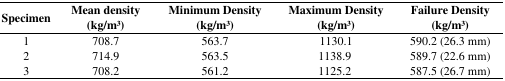
| Specimen | Mean density (kg/m3) | Minimum Density (kg/m3) | Maximum Density (kg/m3) | Failure Density (kg/m3) |
 | --- | --- | --- | --- | --- |
 | 1 | 708.7 | 563.7 | 1130.1 | 590.2 (26.3 mm) |
 | 2 | 714.9 | 563.5 | 1138.9 | 589.7 (22.6 mm) |
 | 3 | 708.2 | 561.2 | 1125.2 | 587.5 (26.7 mm) |